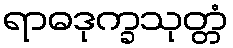
ရာဓဒုက္ခသုတ္တံ